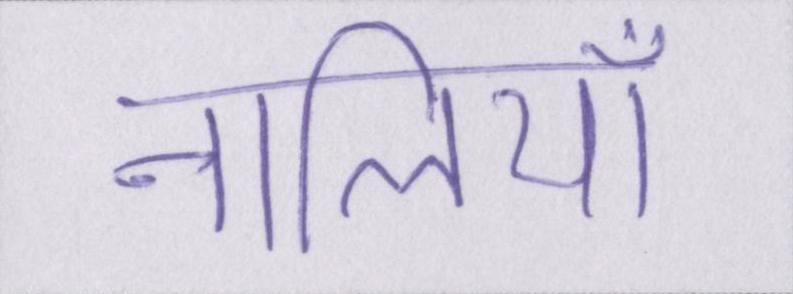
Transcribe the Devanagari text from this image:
नालियाँ